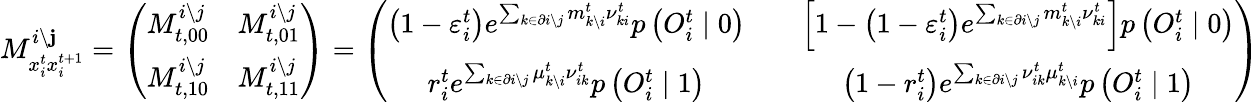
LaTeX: M_{x_{i}^{t}x_{i}^{t+1}}^{i\setminus\mathbf{j}}=\left(\begin{array}{cc}{M_{t,00}^{i\setminus j}}&{M_{t,01}^{i\setminus j}}\\ {M_{t,10}^{i\setminus j}}&{M_{t,11}^{i\setminus j}}\end{array}\right)=\left(\begin{array}{ccc}{\left(1-\varepsilon_{i}^{t}\right)e^{\sum_{k\in\partial i\setminus j}m_{k\setminus i}^{t}{\nu}_{ki}^{t}}p\left(O_{i}^{t}\mid 0\right)}&{}&{\left[1-\left(1-\varepsilon_{i}^{t}\right)e^{\sum_{k\in\partial i\setminus j}m_{k\setminus i}^{t}{\nu}_{ki}^{t}}\right]p\left(O_{i}^{t}\mid 0\right)}\\ {r_{i}^{t}e^{\sum_{k\in\partial i\setminus j}\mu_{k\setminus i}^{t}{\nu}_{ik}^{t}}p\left(O_{i}^{t}\mid 1\right)}&{}&{\left(1-r_{i}^{t}\right)e^{\sum_{k\in\partial i\setminus j}\nu_{ik}^{t}\mu_{k\setminus i}^{t}}p\left(O_{i}^{t}\mid 1\right)}\end{array}\right)